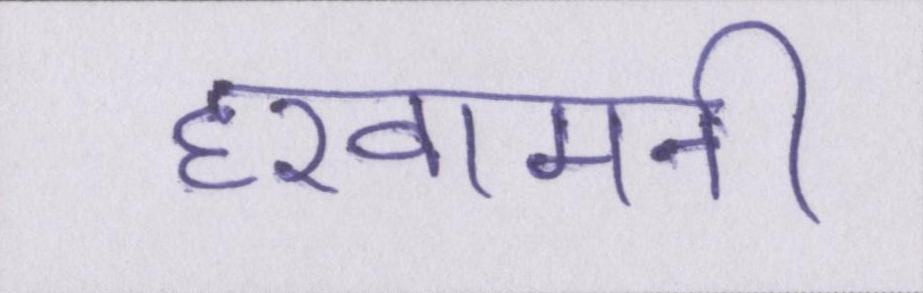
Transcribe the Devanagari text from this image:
हखामनी